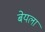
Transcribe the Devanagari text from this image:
बेयला